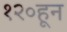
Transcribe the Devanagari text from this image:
१२०हून